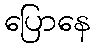
ပြောနေ